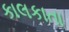
કાલકાતા